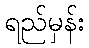
ရည်မှန်း